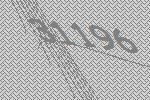
31196